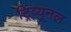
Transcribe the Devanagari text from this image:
ट्रिव्यूनल